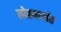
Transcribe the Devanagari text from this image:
लोहमार्गात